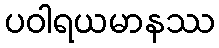
ပဝါရယမာနဿ